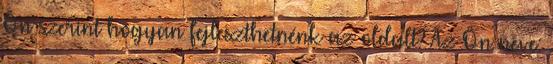
Ön szerint hogyan fejleszthetnénk az oldalt? Az Ön neve: